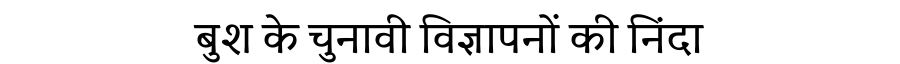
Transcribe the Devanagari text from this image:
बुश के चुनावी विज्ञापनों की निंदा